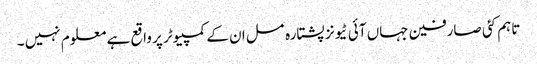
تاہم کئی صارفین جہاں آئی ٹیونز پشتارہ مسل ان کے کمپیوٹر پر واقع ہے معلوم نہیں ۔